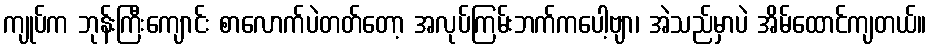
ကျုပ်က ဘုန်းကြီးကျောင်း စာလောက်ပဲတတ်တော့ အလုပ်ကြမ်းဘက်ကပေါ့ဗျာ၊ အဲသည်မှာပဲ အိမ်ထောင်ကျတယ်။